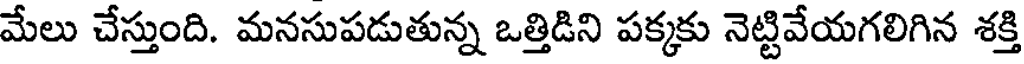
మేలు చేస్తుంది. మనసుపడుతున్న ఒత్తిడిని పక్కకు నెట్టివేయగలిగిన శక్తి